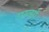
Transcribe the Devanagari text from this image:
यम्त्सो